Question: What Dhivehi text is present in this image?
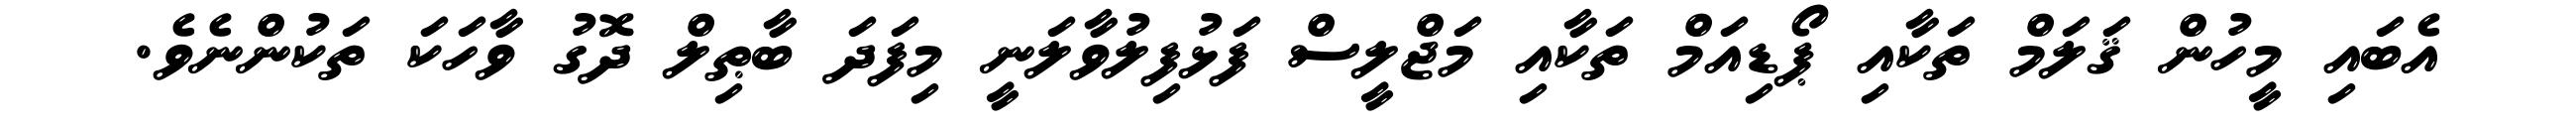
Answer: އެބައި މީހުން ޤަލަމް ތަކާއި ޕޯޑިއަމް ތަކާއި މަޖްލީސް ފަޅުފިލުވާލަނީ މިފަދަ ބާޠިލް ދޮގު ވާހަކަ ތަކުންނެވެ.